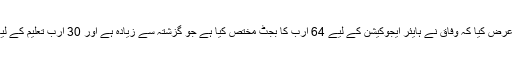
اس سال بھی جیسا کہ پہلے عرض کیا کہ وفاق نے ہایئر ایجوکیشن کے لیے 64 ارب کا بجٹ مختص کیا ہے جو گزشتہ سے زیادہ ہے اور 30 ارب تعلیم کے لیے وفاق نے مختص کیا ہے۔